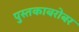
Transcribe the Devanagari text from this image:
पुस्तकाबरोबर